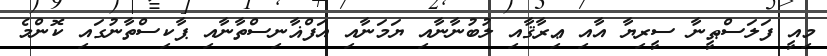
މިއީ ފަލަސްޠީނާ ސީރިޔާ އާއި ޢިރާޤާއި ލުބުނާނާއި ޔަމަނާއި އަފްޣާނިސްތާނާއި ޕާކިސްތާނުގައި ކޮންމެ